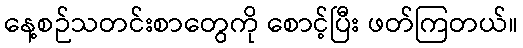
နေ့စဉ်သတင်းစာတွေကို စောင့်ပြီး ဖတ်ကြတယ်။